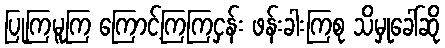
ပြုကြမူကြ ကြောင့်ကြကြငှန်း ဖန်းခါးကြစု သိမှုခေါ်ဆို